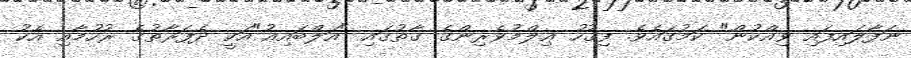
ނަފާލައިފައި ވިއްކުން" ކަމުގައެވެ. ފިޤުހު ޢިލްމުވެރިންގެ ގާތުގައި "އަލްބައިޢު"އަކީ ދެފަރާތުގެ ރުހުމާއި އެކު